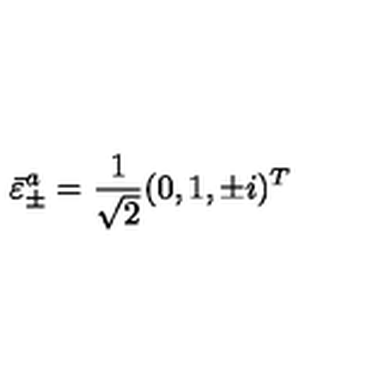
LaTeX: \bar { \varepsilon } _ { \pm } ^ { a } = \frac { 1 } { \sqrt 2 } ( 0 , 1 , \pm i ) ^ { T }